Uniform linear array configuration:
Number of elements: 12
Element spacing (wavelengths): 0.5
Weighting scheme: uniform
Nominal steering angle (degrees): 45
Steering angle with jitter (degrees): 45.437
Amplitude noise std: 0.05
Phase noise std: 0.05

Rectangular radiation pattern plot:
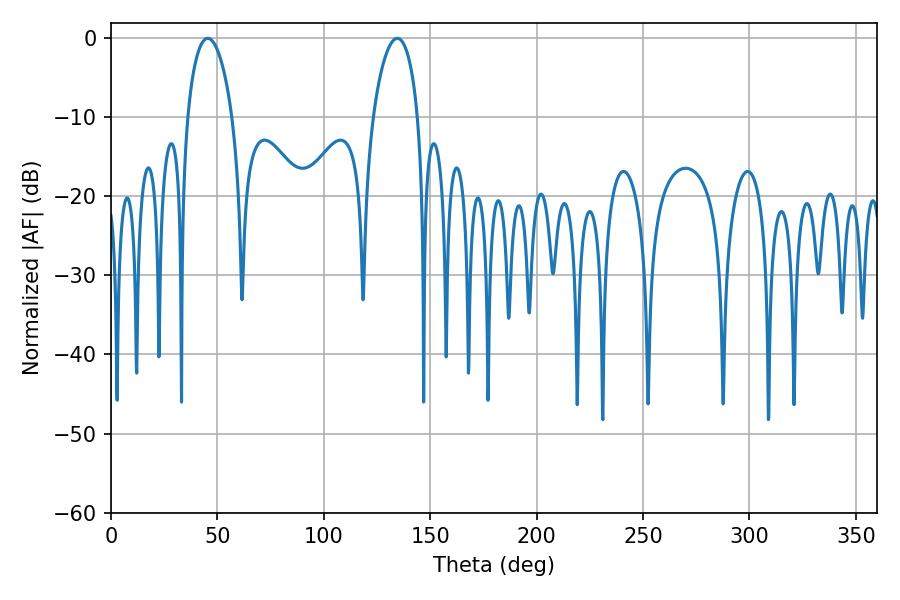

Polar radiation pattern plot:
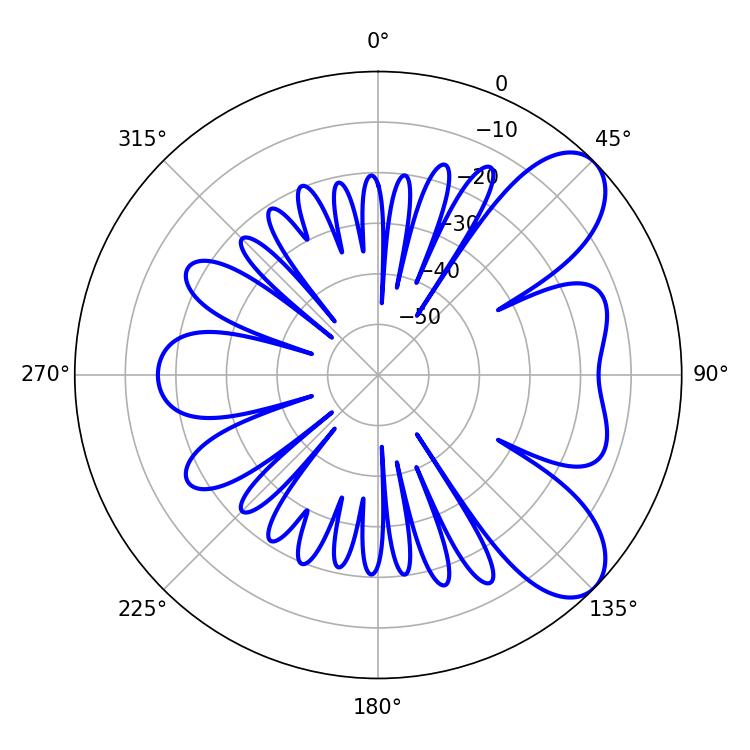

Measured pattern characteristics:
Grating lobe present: FALSE
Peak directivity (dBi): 7.782
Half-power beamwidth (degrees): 12.06
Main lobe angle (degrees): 45.54